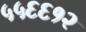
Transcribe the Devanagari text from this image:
५५६६१२